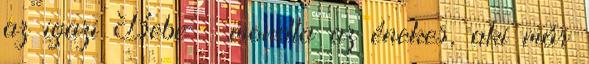
az igazi Bebe – mondta az énekes, aki már